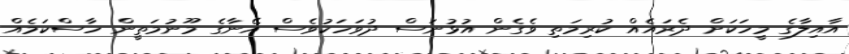
އާއިލާގެ މީހަކަށް ދެރައެއް ކުރިމަތި ވެގެން އުޅުނަސް ދުވަހަކުވެސް އޭނާގެ މޫނުމަތީން ހާސްކަމެއް